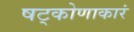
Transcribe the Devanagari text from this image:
षट्कोणाकारं